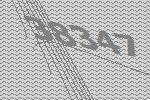
38347